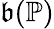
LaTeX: {\mathfrak{b}}({\mathbb{P}})